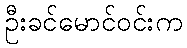
ဦးခင်မောင်ဝင်းက